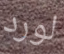
لورد